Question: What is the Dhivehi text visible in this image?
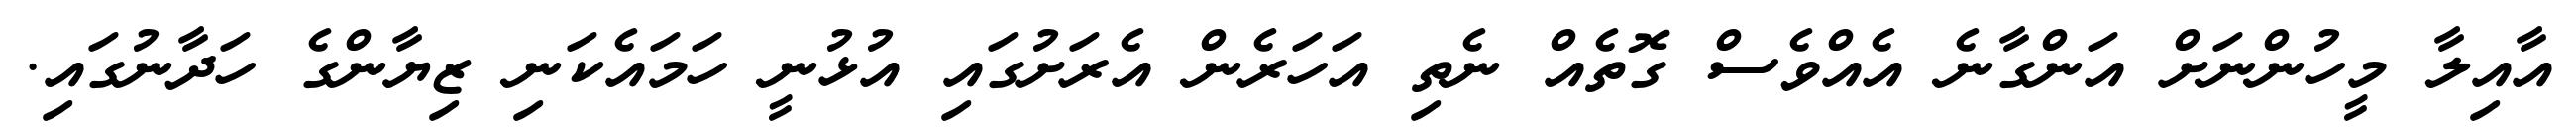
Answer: އާއިލާ މީހުންނަށް އަންގާނެ އެއްވެސް ގޮތެއް ނެތި އަހަރެން އެރަށުގައި އުޅުނީ ހަމައެކަނި ޒިޔާންގެ ހަދާނުގައި.